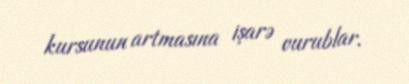
kursunun artmasına işarə vurublar.